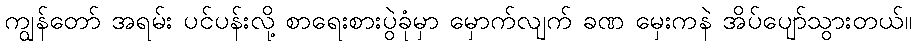
ကျွန်တော် အရမ်း ပင်ပန်းလို့ စာရေးစားပွဲခုံမှာ မှောက်လျက် ခဏ မှေးကနဲ အိပ်ပျော်သွားတယ်။